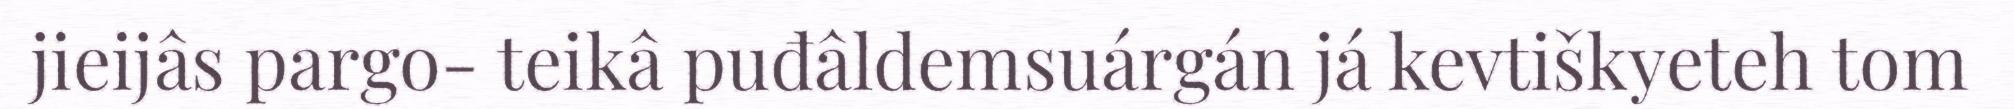
jieijâs pargo- teikâ puđâldemsuárgán já kevtiškyeteh tom